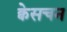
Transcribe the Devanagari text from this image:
क्वेसचन